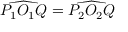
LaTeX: { \widehat { P _ { 1 } O _ { 1 } Q } } = { \widehat { P _ { 2 } O _ { 2 } Q } }